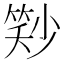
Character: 𬕓